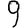
Digit: 9